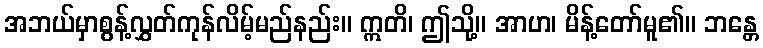
အဘယ်မှာစွန့်လွှတ်ကုန်လိမ့်မည်နည်း။ ဣတိ၊ ဤသို့။ အာဟ၊ မိန့်တော်မူ၏။ ဘန္တေ